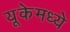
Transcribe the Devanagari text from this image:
यूकेमध्ये